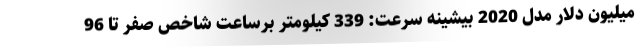
میلیون دلار مدل 2020 بیشینه سرعت: 339 کیلومتر برساعت شاخص صفر تا 96